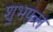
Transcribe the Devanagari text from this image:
शुभफल